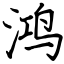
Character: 鸿